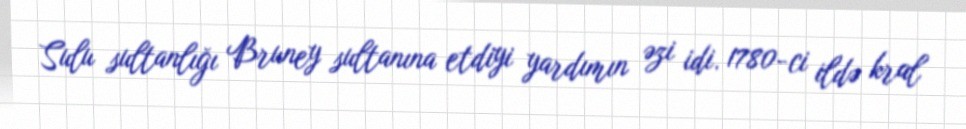
Sulu sultanlığı Bruney sultanına etdiyi yardımın əzi idi. 1780-ci ildə kral